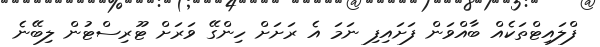
ފްލައިޓްތަކެއް ބާއްވަން ފަށައިފި ނަމަ އެ ރަށަށް ހިންގޭ ވަރަށް ޓޫރިސްޓުން ލިބޭނެ